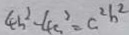
4 b ^ { 2 } - 4 a ^ { 2 } = c ^ { 2 } b ^ { 2 }